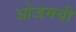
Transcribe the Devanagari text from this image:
ओजमयी